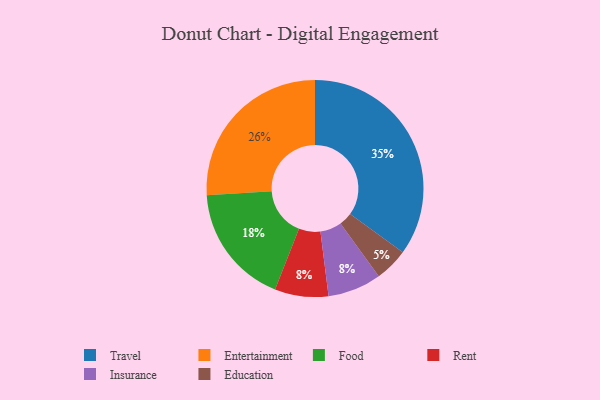
{"axis": {"x": "Category", "y": "Percentage"}, "legend": ["Education", "Entertainment", "Food", "Insurance", "Rent", "Travel"], "data": [{"x": "Rent", "y": 8, "type": "Rent"}, {"x": "Insurance", "y": 8, "type": "Insurance"}, {"x": "Food", "y": 18, "type": "Food"}, {"x": "Education", "y": 5, "type": "Education"}, {"x": "Travel", "y": 35, "type": "Travel"}, {"x": "Entertainment", "y": 26, "type": "Entertainment"}]}